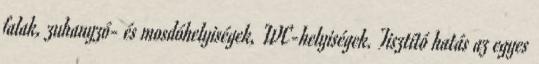
falak, zuhanyzó- és mosdóhelyiségek, WC-helyiségek. Tisztító hatás az egyes